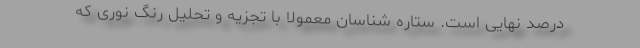
درصد نهایی است. ستاره شناسان معمولاً با تجزیه و تحلیل رنگ نوری که